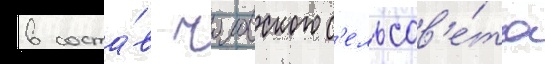
в соста́в чоловского с'ельсов'е́та